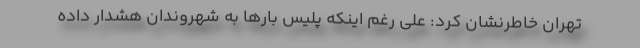
تهران خاطرنشان کرد: علی رغم اینکه پلیس بارها به شهروندان هشدار داده